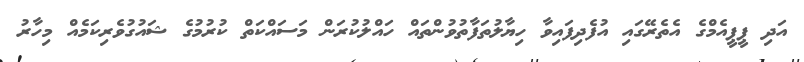
އަދި ޕީޕީއެމްގެ އެތެރޭގައި އުފެދިފައިވާ ހިޔާލުތަފާތުވުންތައް ހައްލުކުރަން މަސައްކަތް ކުރުމުގެ ޝައުގުވެރިކަމެއް މިހާރު